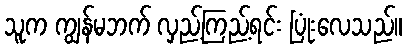
သူက ကျွန်မဘက် လှည့်ကြည့်ရင်း ပြုံးလေသည်။